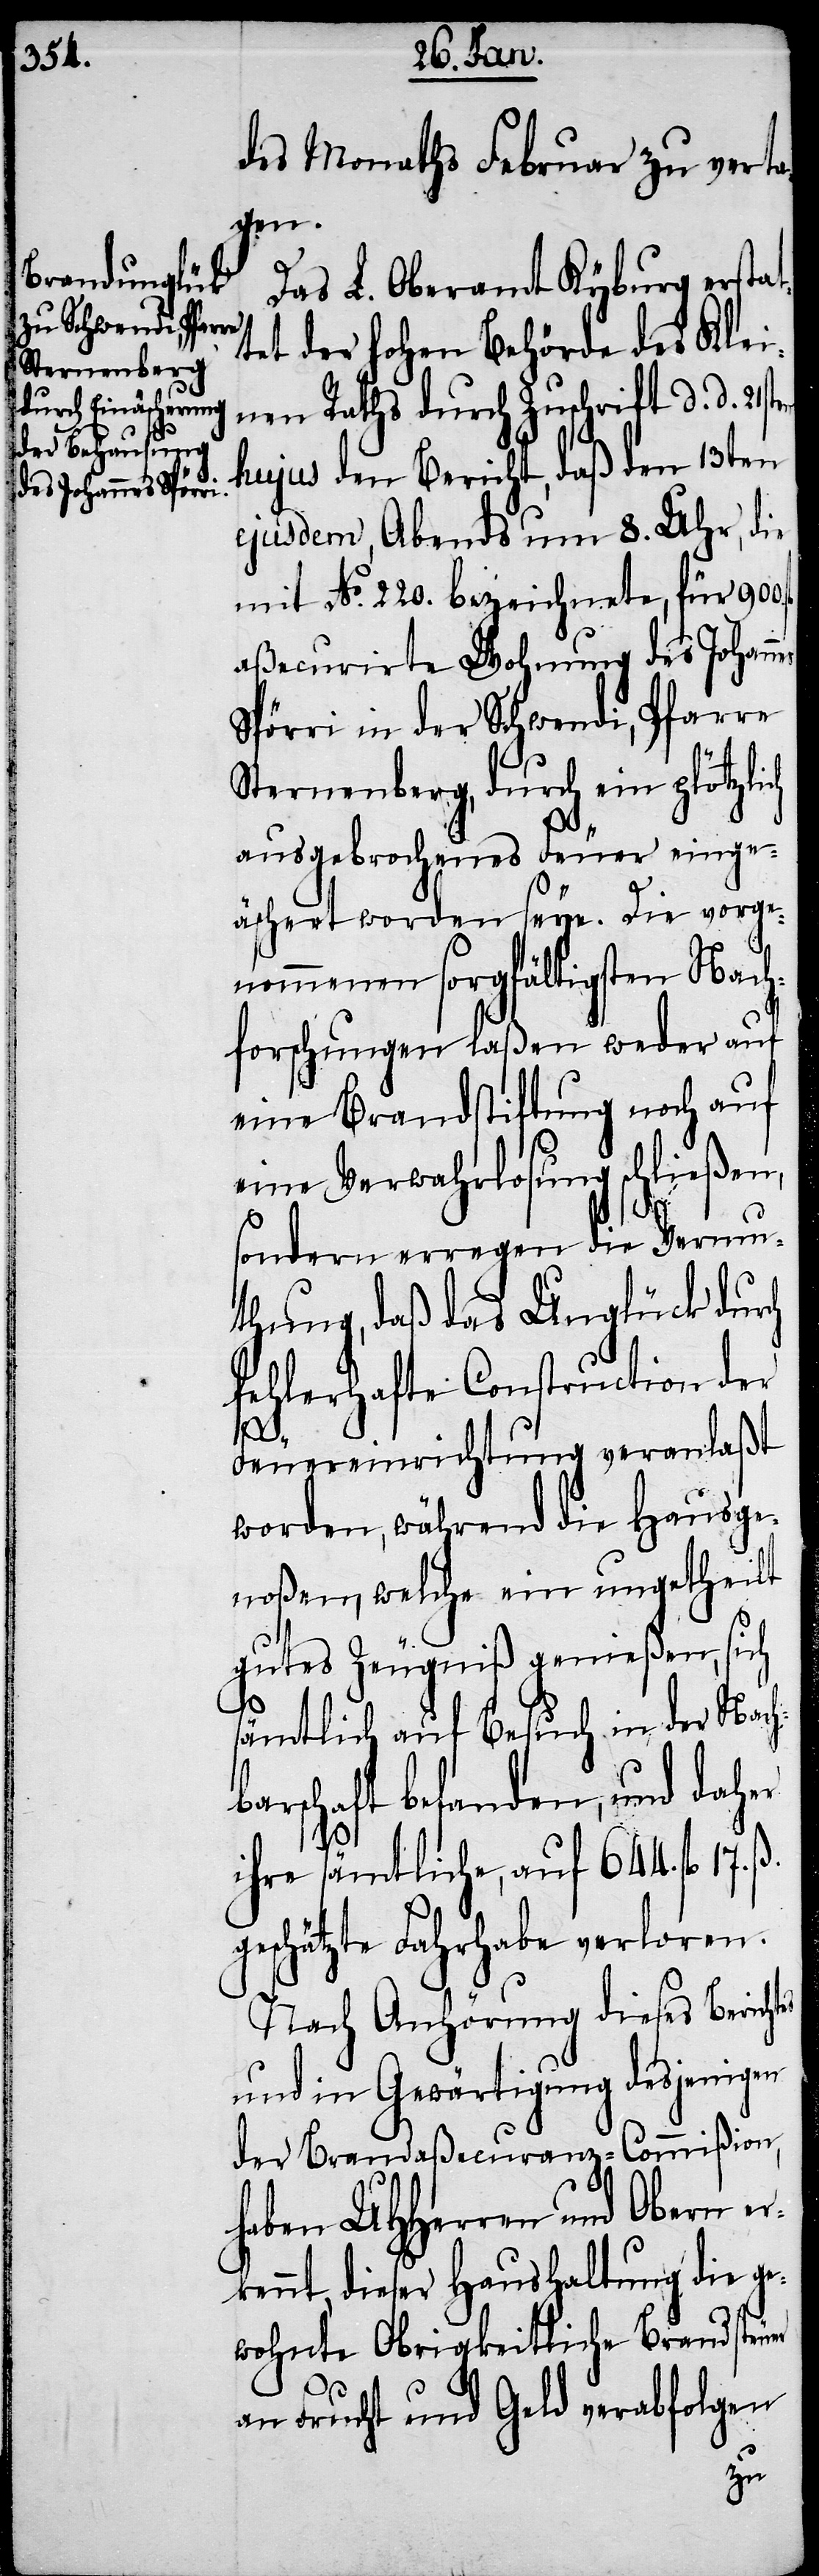
des Monaths Februar zu verta¬
gen.
Das L. Oberamt Kyburg erstat¬
tet der hohen Behörde des Klei¬
nen Raths durch Zuschrift d. d. 21st¬
hujus den Bericht, daß den 13ten
ejusdem, Abends um 8. Uhr, die
mit No. 220. bezeichnete, für 900.
aßecurirte Wohnung des Johann¬
Spörri in der Schwendi, Pfarre
Sternenberg, durch ein plötzli¬
ausgebrochenes Feuer einge¬
äschert worden seye. Die vorge¬
nommenen sorgfältigsten Nach¬
forschungen laßen weder auf
eine Brandstiftung noch auf
eine Verwahrlosung schließen,
ch
sondern erregen die Vermu¬
thung, daß das Unglück durch
fehlerhafte Construction der
tes
Feuereinrichtung veranlaßt
worden, während die Hausge¬
noßen, welche ein ungetheilt
gutes Zeugniß genießen, sich
sämtlich auf Besuch in der Nach¬
barschaft befanden, und daher
ihre sämtliche, auf 644. fl. 17.
geschätzte Fahrhabe verloren.
Nach Anhörung dieses Berich¬
und in Gewärtigung desjenigen
der Brandaßecuranz-Commißion
haben UHHerren und Obern er¬
kennt, dieser Haushaltung die ge¬
wohnte Obrigkeitliche Brandsteuer
an Frucht und Geld verabfolgen
en